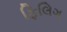
ફિલિગ